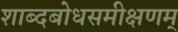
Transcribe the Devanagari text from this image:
शाब्दबोधसमीक्षणम्